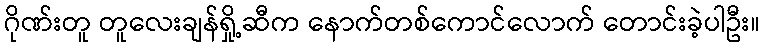
ဂိုဏ်းတူ တူလေးချန်ရှို့ဆီက နောက်တစ်ကောင်လောက် တောင်းခဲ့ပါဦး။